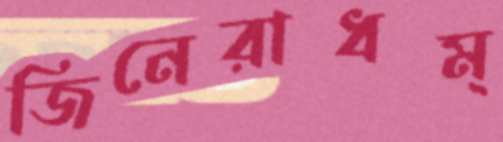
জিনেরাধম্‌